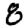
Digit: 8